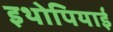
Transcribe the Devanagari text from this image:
इथोपियाई